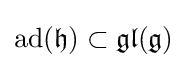
\operatorname {ad} ({\mathfrak {h}})\subset {\mathfrak {gl}}({\mathfrak {g}})